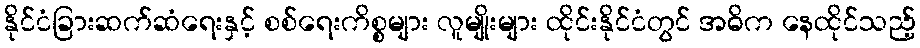
နိုင်ငံခြားဆက်ဆံရေးနှင့် စစ်ရေးကိစ္စများ လူမျိုးများ ထိုင်းနိုင်ငံတွင် အဓိက နေထိုင်သည့်